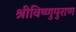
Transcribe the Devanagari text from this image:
श्रीविष्णुपुराण